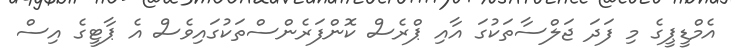
އެމްޑީޕީގެ މި ފަދަ ޖަލްސާތަކުގަ އާއި ޕްރެސް ކޮންފަރެންސްތަކުގައިވެސް އެ ޕާޓީގެ އިސް